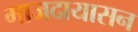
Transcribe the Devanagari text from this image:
माजदायासन